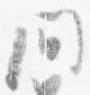
間